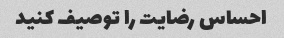
احساس رضایت را توصیف کنید